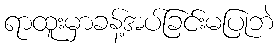
ရာထူးမှာခန့်အပ်ခြင်းမပြုဘဲ